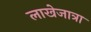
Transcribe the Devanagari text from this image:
लाखेजात्रा